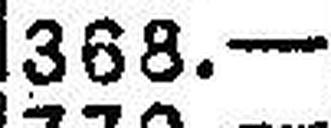
368.—